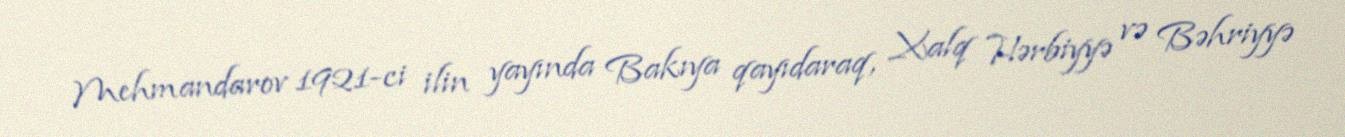
Mehmandarov 1921-ci ilin yayında Bakıya qayıdaraq, Xalq Hərbiyyə və Bəhriyyə